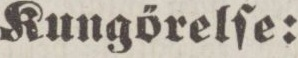
Kungörelſe: